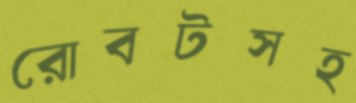
রোবটসহ